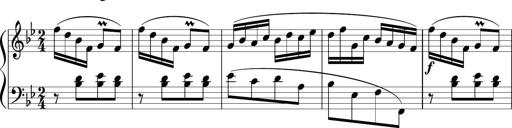
Title: 12 Keyboard Sonatinas
Composer: James Hook